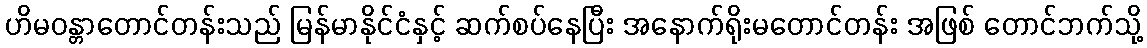
ဟိမဝန္တာတောင်တန်းသည် မြန်မာနိုင်ငံနှင့် ဆက်စပ်နေပြီး အနောက်ရိုးမတောင်တန်း အဖြစ် တောင်ဘက်သို့